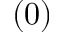
( 0 )